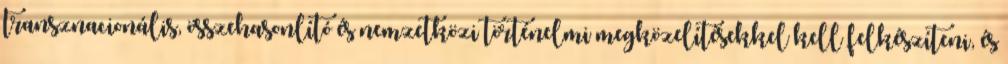
transznacionális, összehasonlító és nemzetközi történelmi megközelítésekkel kell felkészíteni, és